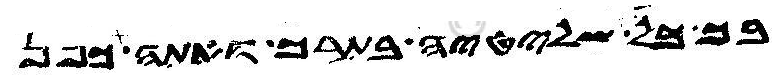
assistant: בך כל שליטיה בתרך ואתה כפן